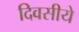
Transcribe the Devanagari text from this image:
दिवसीये